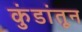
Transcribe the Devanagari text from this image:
कुंडांतून